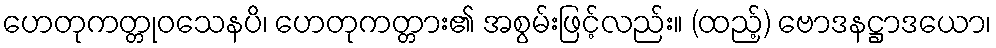
ဟေတုကတ္တုဝသေနပိ၊ ဟေတုကတ္တား၏ အစွမ်းဖြင့်လည်း။ (ထည့်) ဗောဒနဋ္ဌာဒယော၊